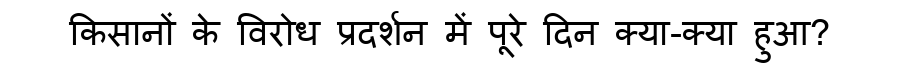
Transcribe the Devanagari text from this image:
किसानों के विरोध प्रदर्शन में पूरे दिन क्या-क्या हुआ?